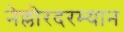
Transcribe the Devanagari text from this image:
नेल्लोरदरम्यान